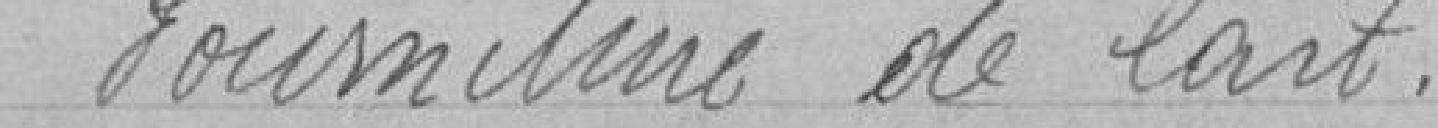
Fourniture de lait.